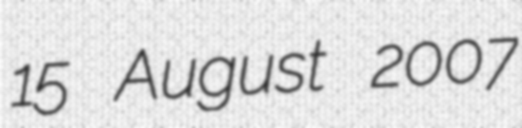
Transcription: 15 August 2007